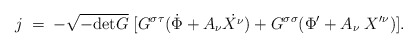
\begin{align*}j\;=\;-\sqrt{-\mbox{det}G}\;[G^{\sigma\tau}(\dot{\Phi}+A_\nu\dot{X^{\nu}})+G^{\sigma\sigma}(\Phi^{\prime}+A_\nu\;X^{\prime\nu})].\end{align*}